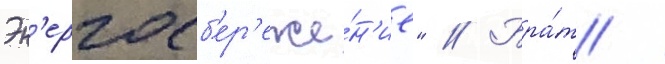
Эн'ергосб'ер'еже́н'ие" // Бра́т /